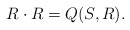
\begin{align*}R \cdot R=Q(S,R) . \end{align*}